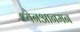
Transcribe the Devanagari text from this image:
थ्येनआनमन